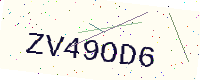
Text: ZV49OD6